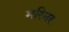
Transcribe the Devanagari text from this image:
मरिनर